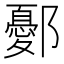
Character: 鄾